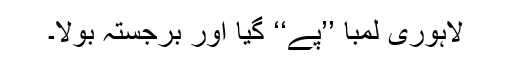
لاہوری لمبا ’’پے‘‘ گیا اور برجستہ بولا۔